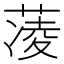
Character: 蓤